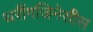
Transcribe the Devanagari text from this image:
थरींगजिनेसीस